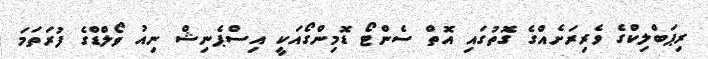
ރިޕަބްލިކްގެ ވެރިރަށެއްގެ ގޮތުގައި އޮތް ސެންޓޯ ޑޮމިންގޯއަކީ އިސްޕެނިޝް ނިއު ވޯލްޑްގެ ފުރަތަމަ